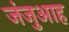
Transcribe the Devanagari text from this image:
जंजुआह